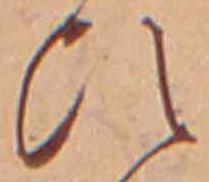
ひ